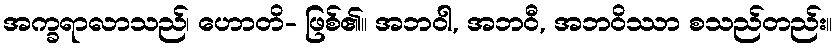
အက္ခရာလာသည်၊ ဟောတိ- ဖြစ်၏။ အဘဝါ, အဘဝီ, အဘဝိဿာ စသည်တည်း။